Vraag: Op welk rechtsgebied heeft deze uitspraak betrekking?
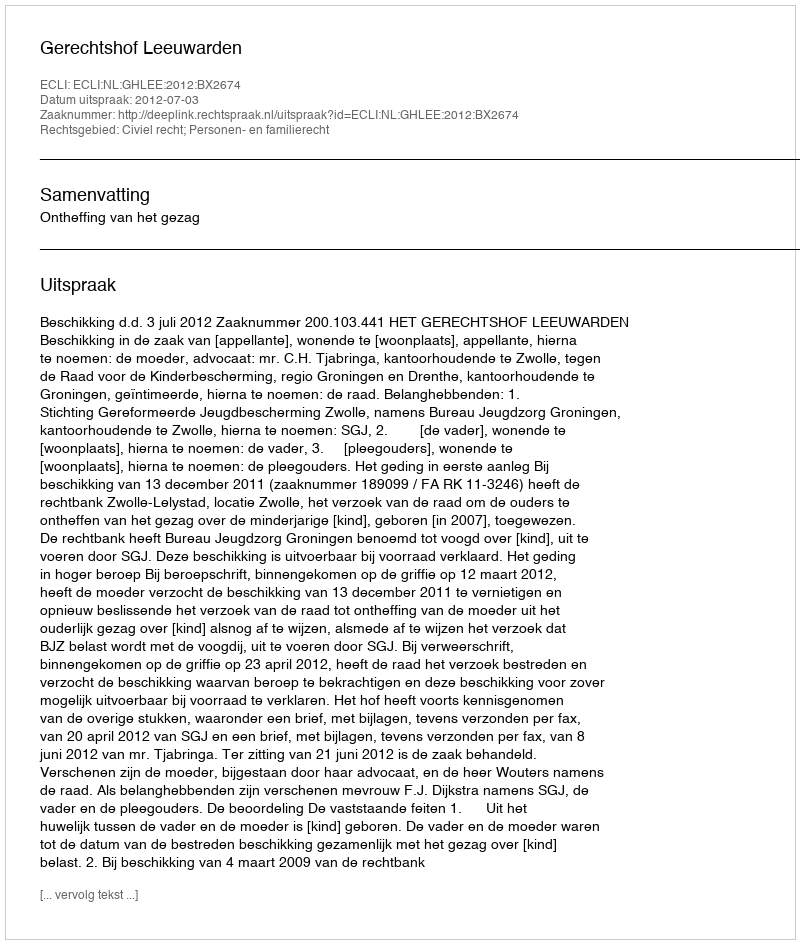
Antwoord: Civiel recht; Personen- en familierecht